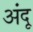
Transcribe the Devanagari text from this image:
अंदू